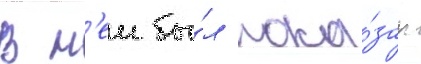
В н'еи бы́л пока́зан